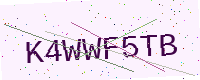
Text: K4WWF5TB